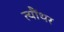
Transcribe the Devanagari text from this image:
त्यौंथर